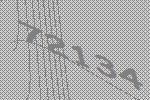
72134